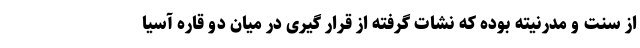
از سنت و مدرنیته بوده که نشات گرفته از قرار گیری در میان دو قاره آسیا